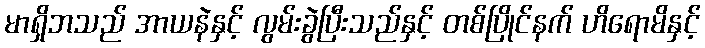
မာရှိဘသည် အာယနဲနှင့် လွမ်းခွဲပြီးသည်နှင့် တစ်ပြိုင်နက် ဟိရောမိနှင့်